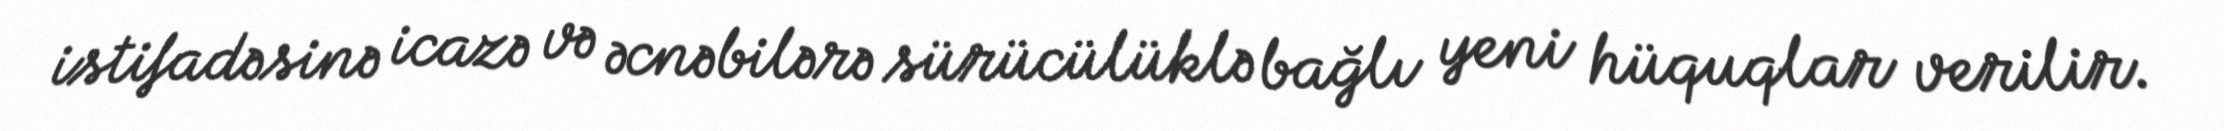
istifadəsinə icazə və əcnəbilərə sürücülüklə bağlı yeni hüquqlar verilir.